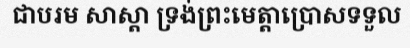
ជាបរម សាស្តា ទ្រង់ព្រះមេត្តាប្រោសទទួល